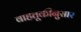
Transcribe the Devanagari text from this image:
वाहतूकीनुसार